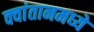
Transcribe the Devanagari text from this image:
क्वांतानमध्ये